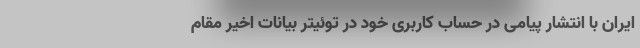
ایران با انتشار پیامی در حساب کاربری خود در توئیتر بیانات اخیر مقام